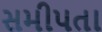
સમીપતા